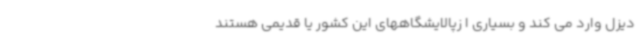
دیزل وارد می کند و بسیاری ا زپالایشگاههای این کشور یا قدیمی هستند